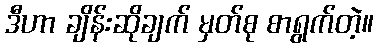
ဒီဟာ ချိန်းဆိုချက် မှတ်စု စာရွက်တဲ့။